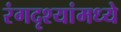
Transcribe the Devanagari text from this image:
रंगदृश्यांमध्ये